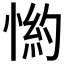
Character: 𱞺